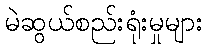
မဲဆွယ်စည်းရုံးမှုများ